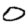
Digit: 0